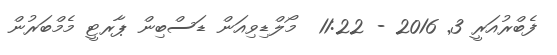
ފެބްރުއަރީ 3